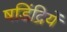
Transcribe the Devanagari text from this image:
षडिंद्रियें